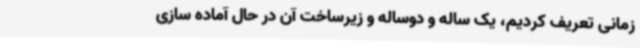
زمانی تعریف کردیم، یک ساله و دوساله و زیرساخت آن در حال آماده سازی